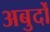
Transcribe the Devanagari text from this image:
अबुर्दों